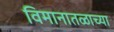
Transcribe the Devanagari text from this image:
विमानातळाच्या